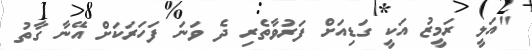
"އަލީ ރަމީޒު އަކީ ގަޑިއަށް ފަރުވާތެރި ދެ ވަނަ ފަހަރަކަށް އޭނާ ގާތު